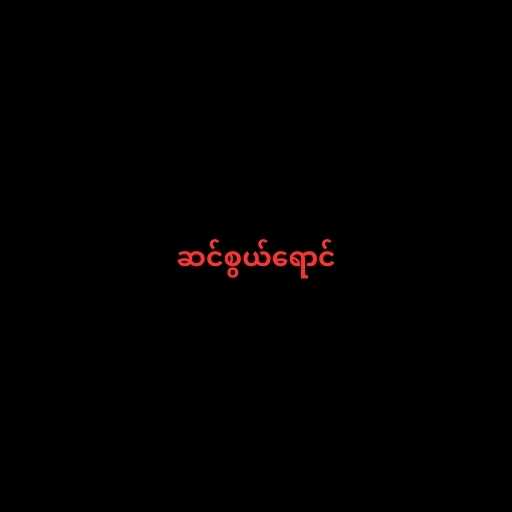
ဆင်စွယ်ရောင်